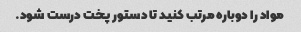
مواد را دوباره مرتب کنید تا دستور پخت درست شود.